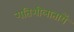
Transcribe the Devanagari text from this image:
गतिशीलातायें